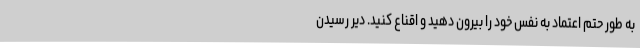
به طور حتم اعتماد به نفس خود را بیرون دهید و اقناع کنید. دیر رسیدن